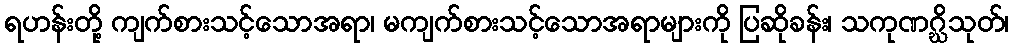
ရဟန်းတို့ ကျက်စားသင့်သောအရာ၊ မကျက်စားသင့်သောအရာများကို ပြဆိုခန်း၊ သကုဏဂ္ဃိသုတ်၊